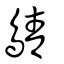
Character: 𪂴